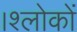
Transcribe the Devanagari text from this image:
।श्लोकों